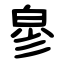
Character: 㣎